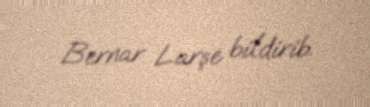
Bernar Larşe bildirib.